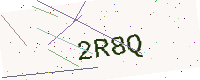
Text: 2R8Q